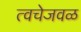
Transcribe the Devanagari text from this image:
त्वचेजवळ